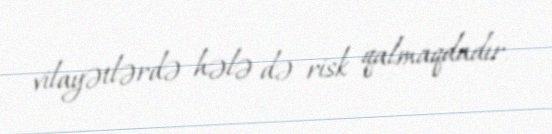
vilayətlərdə hələ də risk qalmaqdadır.